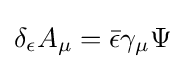
\delta _{\epsilon }A_{\mu }={\bar {\epsilon }}\gamma _{\mu }\Psi